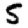
Digit: 5